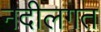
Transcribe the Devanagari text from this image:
नदीलगत